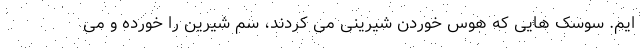
ایم. سوسک هایی که هوس خوردن شیرینی می کردند، سم شیرین را خورده و می